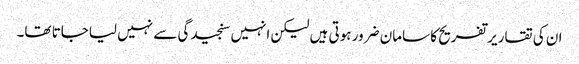
ان کی تقاریر تفریح کا سامان ضرور ہوتی ہیں لیکن انہیں سنجیدگی سے نہیں لیاجاتا تھا۔